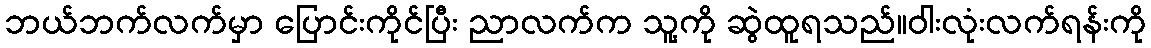
ဘယ်ဘက်လက်မှာ ပြောင်းကိုင်ပြီး ညာလက်က သူ့ကို ဆွဲထူရသည်။ဝါးလုံးလက်ရန်းကို